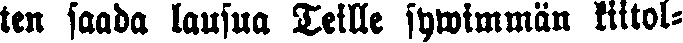
ten saada lausua Teille sywimmän kiitol-